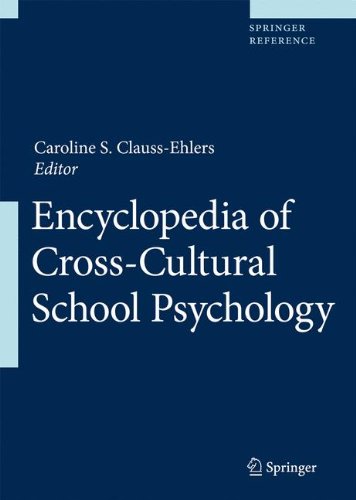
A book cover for Encyclopedia of Cross-Cultural School Psychology; Medical Books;